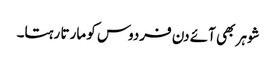
شوہر بھی آئے دن فردوس کو مارتا رہتا۔